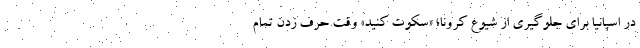
در اسپانیا برای جلوگیری از شیوع کرونا؛ «سکوت کنید» وقت حرف زدن تمام